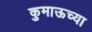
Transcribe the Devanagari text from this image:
कुमाऊच्या